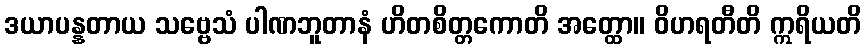
ဒယာပန္နတာယ သဗ္ဗေသံ ပါဏဘူတာနံ ဟိတစိတ္တကောတိ အတ္ထော။ ဝိဟရတီတိ ဣရိယတိ